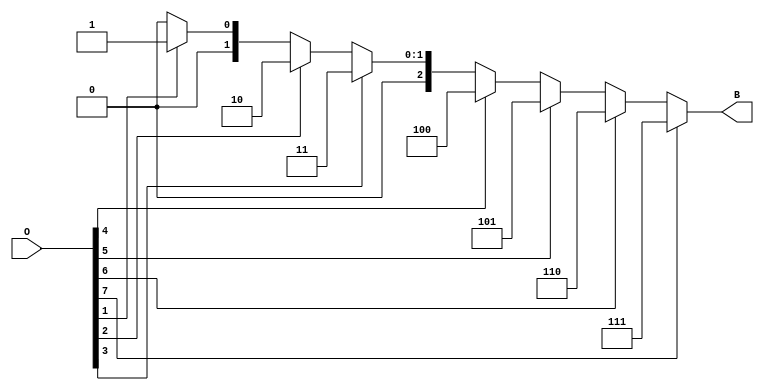
module octal_to_binary_encoder (
    input wire [7:0] O,  // 8-bit octal input
    output reg [2:0] B   // 3-bit binary output
);

    always @(*) begin
        case (1'b1) // Check for the highest active input
            O[7]: B = 3'b111; // 7 in binary
            O[6]: B = 3'b110; // 6 in binary
            O[5]: B = 3'b101; // 5 in binary
            O[4]: B = 3'b100; // 4 in binary
            O[3]: B = 3'b011; // 3 in binary
            O[2]: B = 3'b010; // 2 in binary
            O[1]: B = 3'b001; // 1 in binary
            O[0]: B = 3'b000; // 0 in binary
            default: B = 3'b000; // Undefined state, output 000
        endcase
    end

endmodule